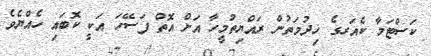
ކަސްޓަމާ ކެއަރގެ ޚިދުމަތުން ރައްޔިތުމީހާ އަށް އޮތް ފަސޭހަ އަކީ ކޮބައި ހެއްޔެވެ